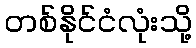
တစ်နိုင်ငံလုံးသို့